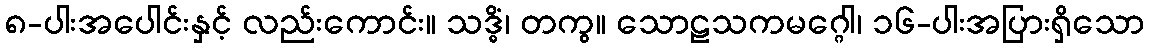
၈-ပါးအပေါင်းနှင့် လည်းကောင်း။ သဒ္ဓိံ၊ တကွ။ သောဠသကမဂ္ဂေါ၊ ၁၆-ပါးအပြားရှိသော